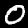
Label: 0